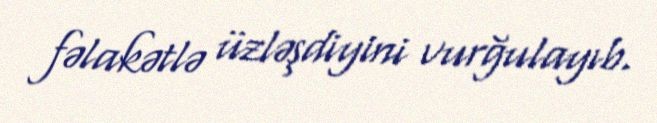
fəlakətlə üzləşdiyini vurğulayıb.